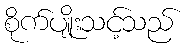
စိုက်ပျိုးသင့်သည်